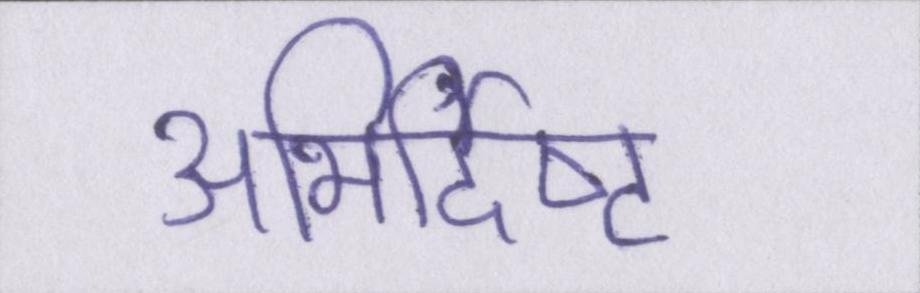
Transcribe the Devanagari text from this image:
अभिर्दिष्ट